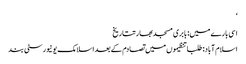
‘
اسی بارے میں: بابری مسجدبھارتتاریخ
اسلام آباد: طلبا تنظیموں میں تصادم کے بعد اسلامک یونیورسٹی بند